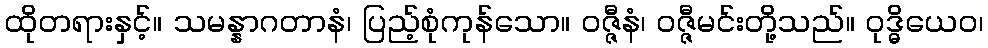
ထိုတရားနှင့်။ သမန္နာဂတာနံ၊ ပြည့်စုံကုန်သော။ ဝဇ္ဇီနံ၊ ဝဇ္ဇီမင်းတို့သည်။ ဝုဒ္ဓိယေဝ၊